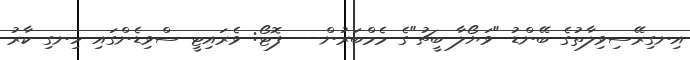
އިނގިރޭސިވިލާތުގެ ބޭންޑު "ވަޔޯލާ ބީޗު"ގެ މެމްބަރުން--- ފޮޓޯ: ވެރައިޓީ ސްވިޑެންގައި ހިނގި ކާރު